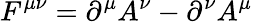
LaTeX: F^{\mu\nu}=\partial^{\mu}A^{\nu}-\partial^{\nu}A^{\mu}